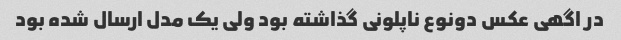
در اگهی عکس دونوع ناپلونی گذاشته بود ولی یک مدل ارسال شده بود